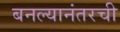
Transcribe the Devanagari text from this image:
बनल्यानंतरची